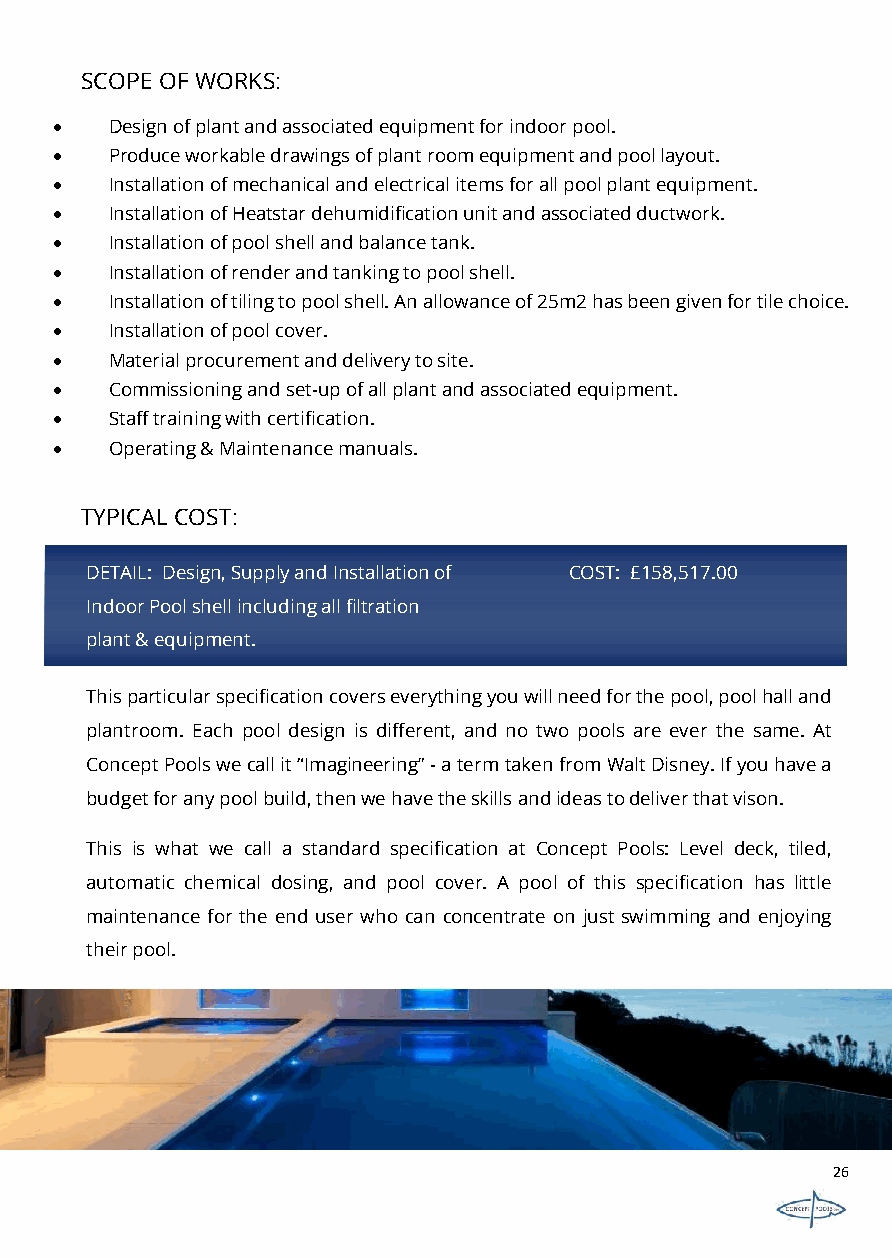
SCOPEOFWORKS:
 •   Design of plant and associated equipment for indoor pool.
 •   Produce workable drawings of plant room equipment and pool layout.
 •   Installation of mechanical and electrical items for all pool plant equipment.
 •   Installation of Heatstar dehumidification unit and associated ductwork.
 •   Installation of pool shell and balance tank.
 •   Installation of render and tanking to pool shell.
 •   Installation of tiling to pool shell. An allowance of 25m2 has been given for tile choice.
 •   Installation of pool cover.
 •   Material procurement and delivery to site.
 •   Commissioning and set-up of all plant and associated equipment.
 •   Staff training with certification.
 •   Operating & Maintenance manuals.
 TYPICAL COST:
 DETAIL: Design, Supply and Installation of COST: £158,517.00
 Indoor Pool shell including all filtration
 plant & equipment.
 Thisparticularspecificationcoverseverythingyouwillneedforthepool,poolhalland
 plantroom. Each pool design is different, and no two pools are ever the same. At
 ConceptPoolswecallit“Imagineering”-atermtakenfromWaltDisney.Ifyouhavea
 budgetforanypoolbuild,thenwehavetheskillsandideastodeliverthatvison.
 This is what we call a standard specification at Concept Pools: Level deck, tiled,
 automatic chemical dosing, and pool cover. A pool of this specification has little
 maintenance for the end user who can concentrate on just swimming and enjoying
 theirpool.
 26